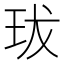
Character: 𤤒